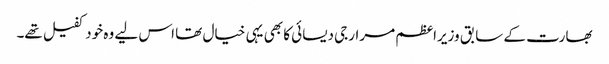
بھارت کے سابق وزیراعظم مرارجی دیسائی کا بھی یہی خیال تھا اس لیے وہ خود کفیل تھے۔